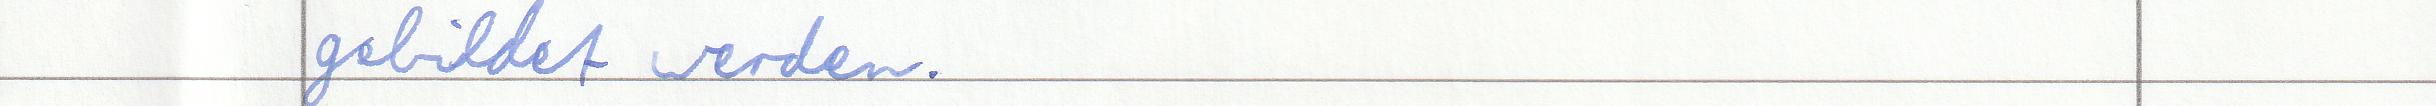
gebildet werden.